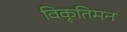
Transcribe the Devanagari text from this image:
विकृतिमन